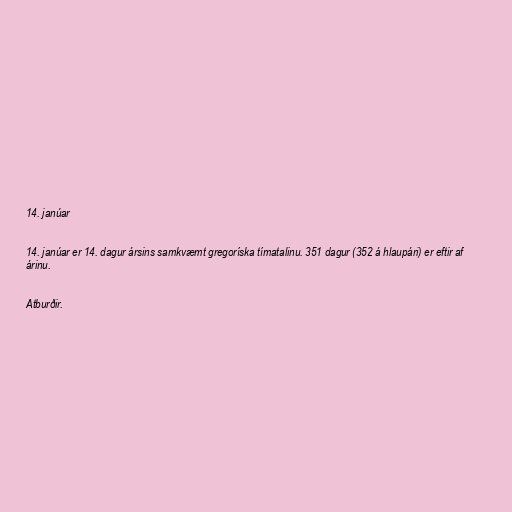
14. janúar

14. janúar er 14. dagur ársins samkvæmt gregoríska tímatalinu. 351 dagur (352 á hlaupári) er eftir af
árinu.

Atburðir.